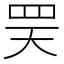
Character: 𦊊